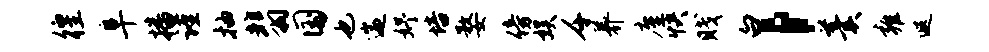
徨阜播谨抽翡国也遄妤培婺傍娱千养廑快贱白，羹雍遐